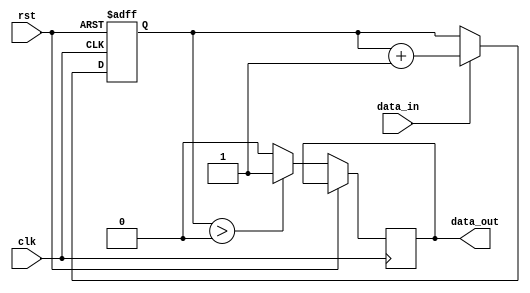
module fifo_ctrl (
  input wire clk,
  input wire rst,
  input wire data_in,
  output wire data_out
);

  reg [7:0] buffer;
  reg [2:0] fill_level;
  reg almost_empty;
  
  always @(posedge clk or posedge rst) begin
    if (rst) begin
      buffer <= 8'h00;
      fill_level <= 3'b000;
      almost_empty <= 1'b0;
    end else begin
      if (data_in) begin
        buffer <= {buffer[6:0], 1'b1};
        fill_level <= fill_level + 1;
      end
      
      if (fill_level <= 1) begin
        almost_empty <= 1'b1;
      end else begin
        almost_empty <= 1'b0;
      end
      
      if (fill_level > 0) begin
        data_out <= 1'b1;
      end else begin
        data_out <= 1'b0;
      end
    end
  end

endmodule